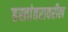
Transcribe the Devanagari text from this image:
हस्तांतरावरील